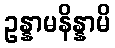
ဥန္နာမနိန္နာမိ